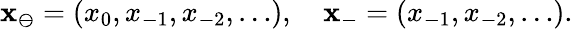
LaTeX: \mathbf{x}_{\ominus}=(x_{0},x_{-1},x_{-2},\ldots),\quad\mathbf{x}_{-}=(x_{-1},x_{-2},\ldots).